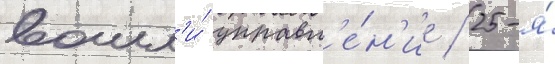
вошл'и́ управл'е́н'ие / 25-я́